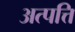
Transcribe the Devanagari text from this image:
अत्पत्ति